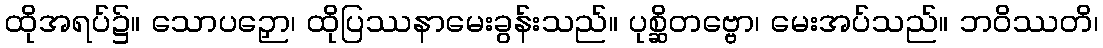
ထိုအရပ်၌။ သောပဉှော၊ ထိုပြဿနာမေးခွန်းသည်။ ပုစ္ဆိတဗ္ဗော၊ မေးအပ်သည်။ ဘဝိဿတိ၊